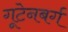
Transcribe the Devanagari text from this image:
गूटेनबर्ग